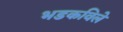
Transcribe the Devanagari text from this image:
भडकविले